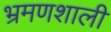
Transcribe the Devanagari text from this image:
भ्रमणशाली